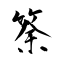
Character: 筡